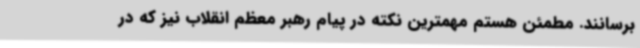
برسانند. مطمئن هستم مهمترین نکته در پیام رهبر معظم انقلاب نیز که در